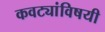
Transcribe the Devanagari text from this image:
कवट्यांविषयी